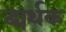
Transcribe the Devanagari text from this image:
द्व्यर्थक